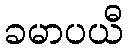
ခမာပယီ